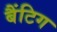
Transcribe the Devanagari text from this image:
बैंटिग